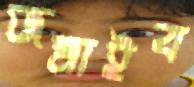
জমাইব